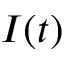
I ( t )